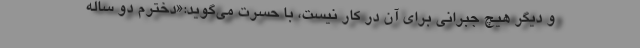
و دیگر هیچ جبرانی برای آن در کار نیست، با حسرت می‌گوید:«دخترم دو ساله